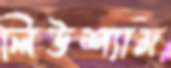
লিউশ্যাম